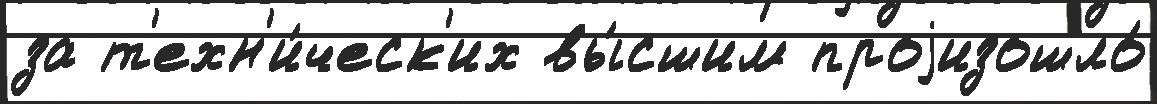
за т'ехн'и́ческ'их вы́сшим проjизошло́